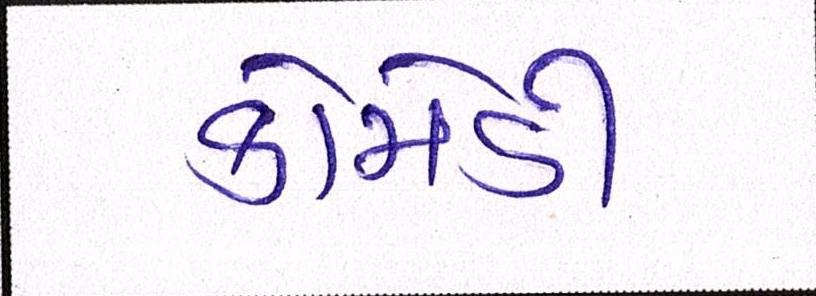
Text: કોમેડી